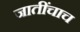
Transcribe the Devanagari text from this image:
जातींचाच